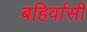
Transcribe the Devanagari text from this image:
बहिर्वासी